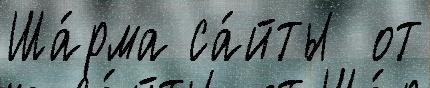
Ша́рма са́йты  от